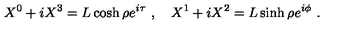
X ^ { 0 } + i X ^ { 3 } = L \cosh \rho e ^ { i \tau } \ , \quad X ^ { 1 } + i X ^ { 2 } = L \sinh \rho e ^ { i \phi } \ .